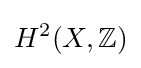
H^{2}(X,\mathbb {Z} )